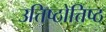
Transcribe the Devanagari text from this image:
उत्तिष्ठोत्तिष्ठ